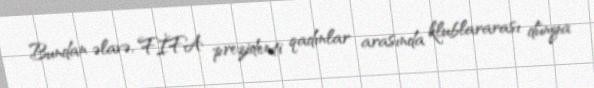
Bundan əlavə, FİFA prezidenti qadınlar arasında klublararası dünya